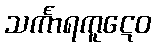
သင်္ကာရကူဋေဝ